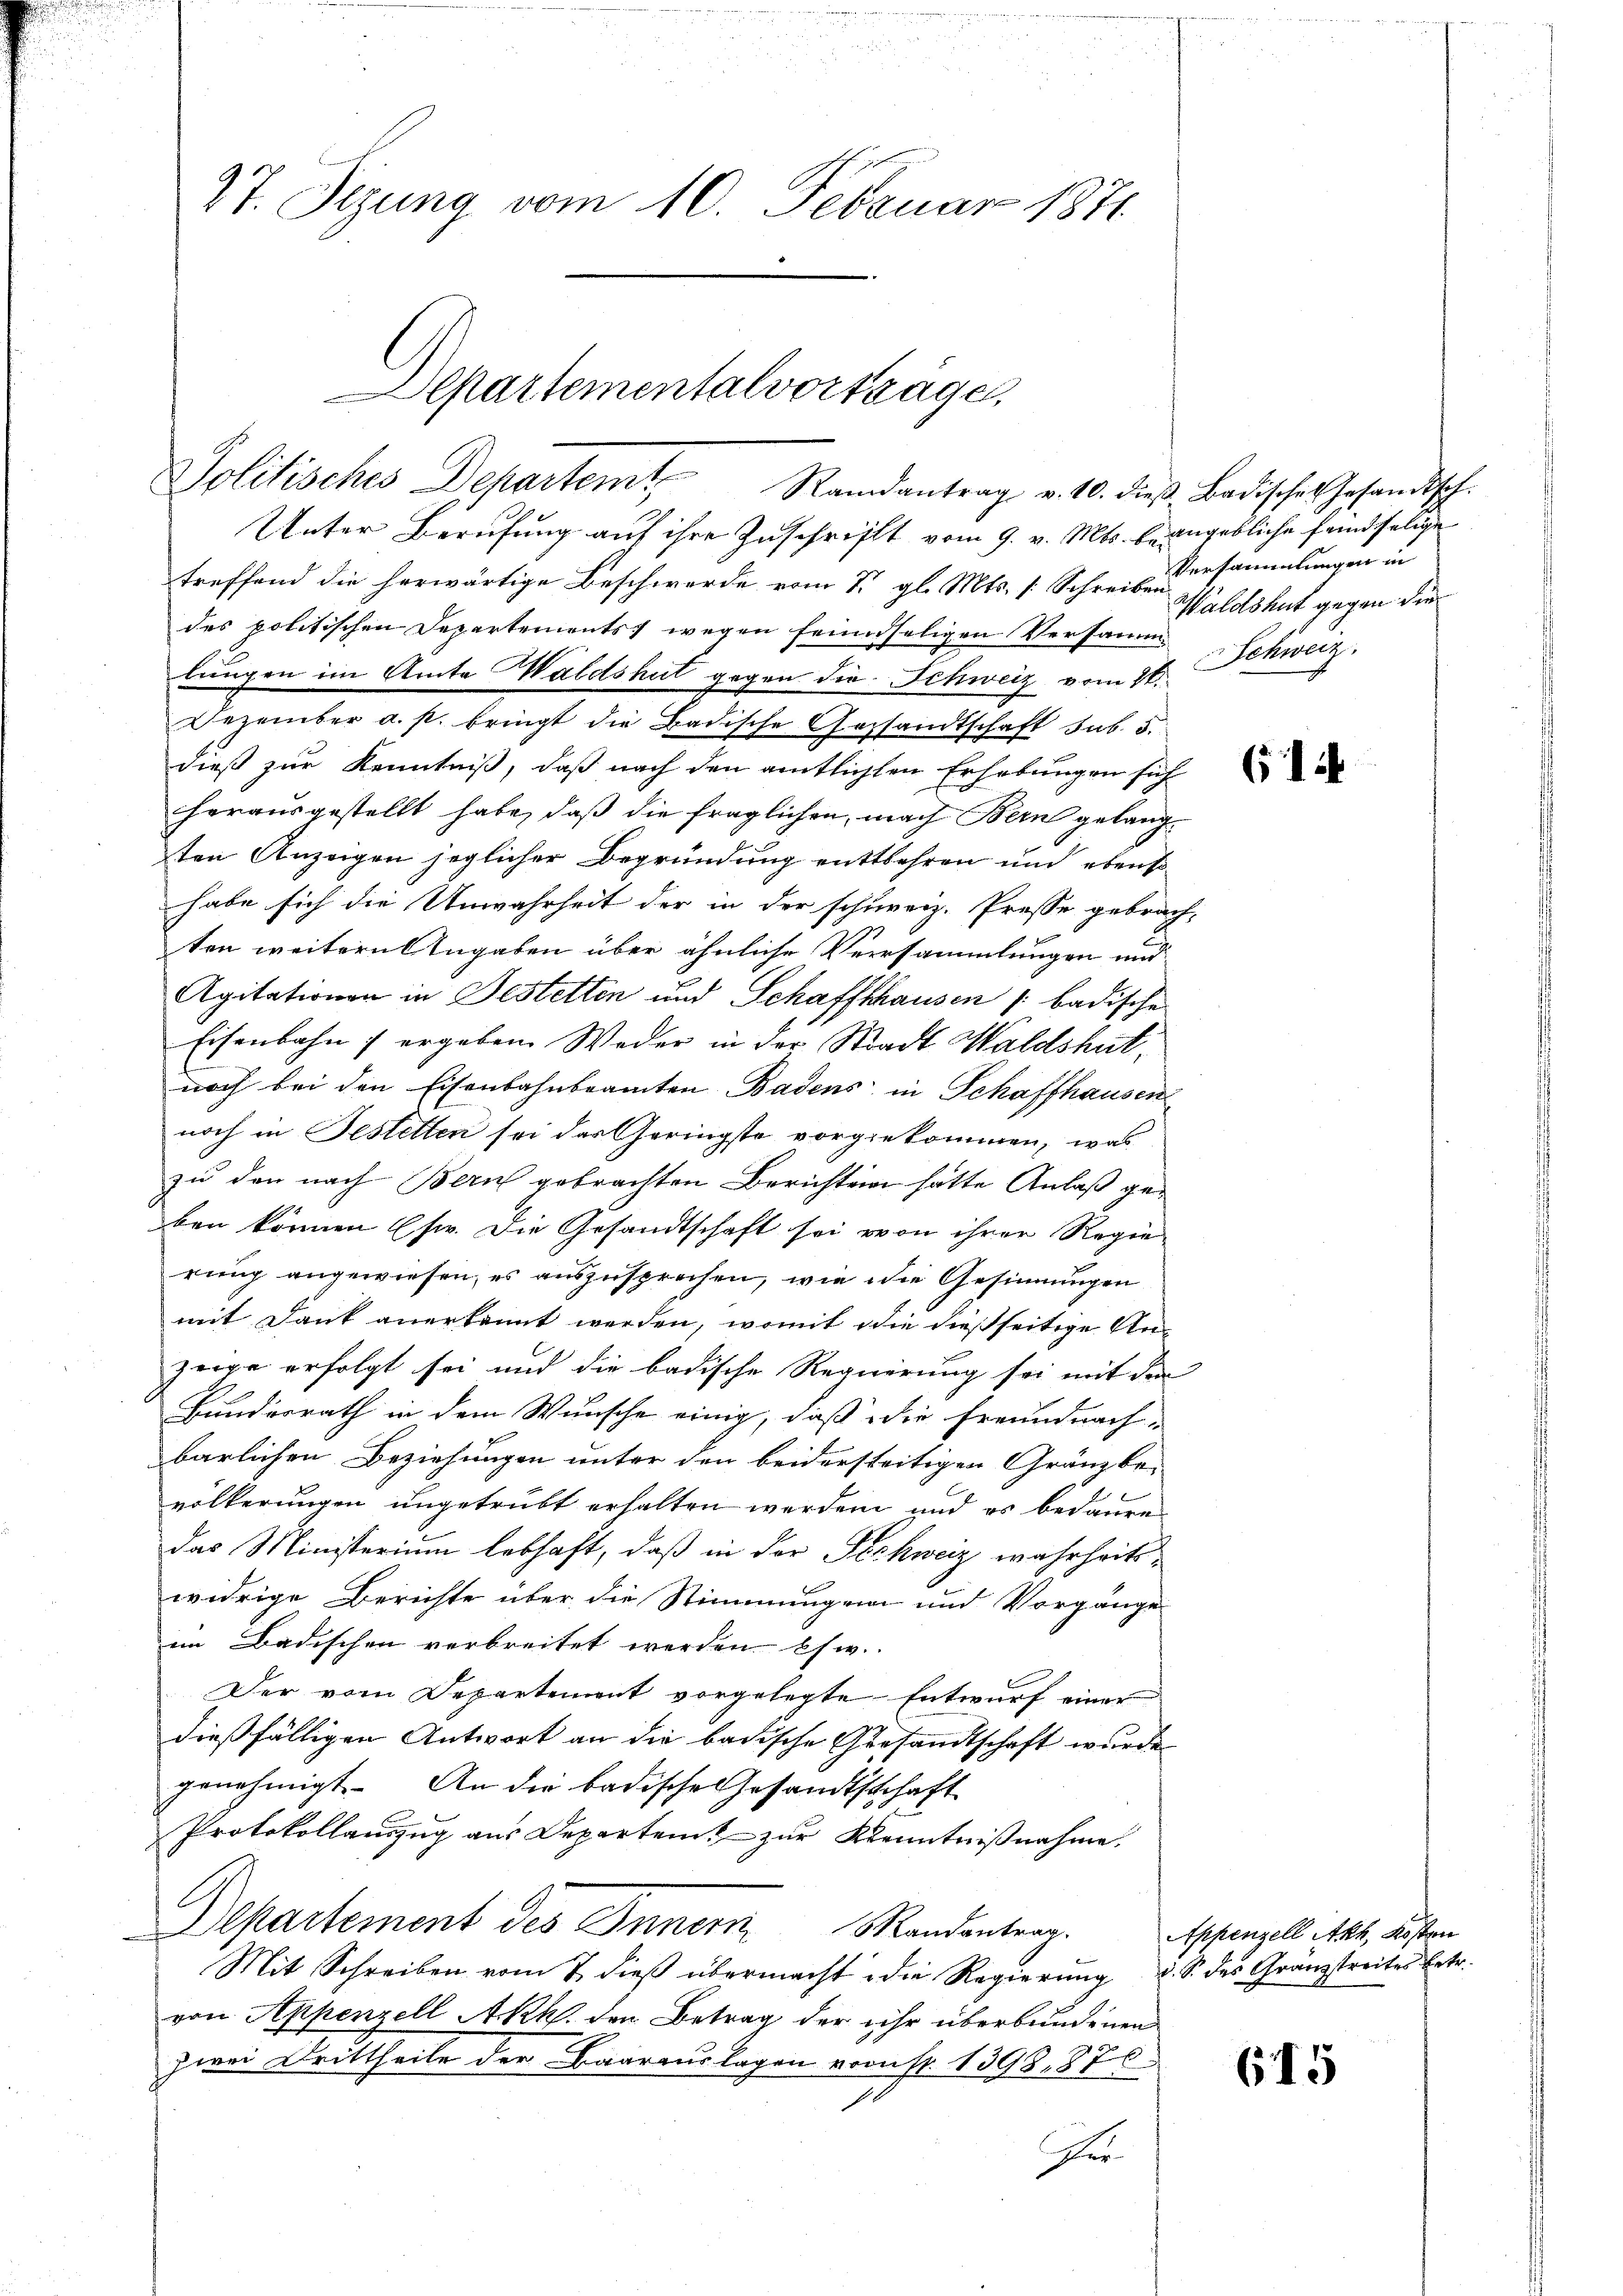
27. Sizung vom 10. Februar 1871

Politisches Departem Randantrag v. 10. dieβ, Badisches Gesandtsch.

treffend die herwärtige Beschwerde vom 7. gl. Mts. s. Schreiben dersammlungen in
des politischen Departements wegen feindseligen Versamm
lungen im Amte Waldshut gegen die Schweiz vom 17. Schweiz,
Dezember a. p. bringt die Badische Gesandtschaft sub. 5.
dieß zur Kenntniß, daß nach den amtlichten Erhebungen sich
herausgestellt habe, daß die fraglichen, nach Bern gelangten Anzeigen jeglicher Begründung enttbehren und ebenso
habe sich die Unwahrheit der in der schweiz. Presse gebrach-
ten weitern Angaben über ähnliche Versammlungen und
Agitationen in Festetten und Schaffthausen [ badische
Eisenbahn ergebene Weder in der Stadt Waldshut,
noch bei den Eisenbahnbeamten Badens in Schaffhausen
noch in Gestetten sei der Geringste vorgekommen, was
zu den nach Bern gebrachten Berichten hatte Anlaß geben können (s. Die Gesandtschaft sei von ihrer Regie
rung angewiesen, es auszusprechen, wie die Gesinnungen
mit Dank anerkannt werden, womit die dießseitige An-
zeige erfolgt sei und die badische Requierung sei mit den
Bundesrath in dem Wunsche einig, daß die Freundnach-
barlichen Beziehungen unter den beiderseitigen Gränzbe-
völkerungen ungetrübt erhalten werden und es bedaure
das Ministerium lebhaft, daß in der Pechweiz wahrheits-
widrige Berichte über die Stimmungen und Vorgänge
in Badischen verbreitet werden. Es w
Der vom Departement vorgelegte Entwurf einer
dießfälligen Antwort an die badische Gesandtschaft wurde
genehmigt. An die badische Gesandtschaft
Protokollauszug aus Departen zur Kenntnißnahme,
Departement des Innern Mandantrag. Appenzell Ak, Kosten
Mit Schreiben vom 7. dieß übermacht die Regierung d. S. des Granzstreites betr.
von Appenzell A.Rh. den Betrag der ihr überbundenen
zwei Drittheile der Baarauslagen vom fr. 1398. 87
p
I
Her

epartementalvorträge,

Unter Berufung auf ihre Zuschrift vom 9. v. Mts. beangebliche fandselige

Waldshut gegen die

614

615